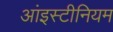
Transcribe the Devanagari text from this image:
आंइस्टीनियम